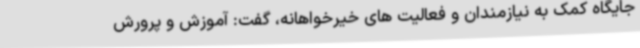
جایگاه کمک به نیازمندان و فعالیت های خیرخواهانه، گفت: آموزش و پرورش